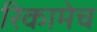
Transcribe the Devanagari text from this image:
रिकामेच